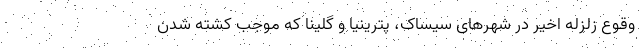
وقوع زلزله اخیر در شهرهای سیساک، پترینیا و گلینا که موجب کشته شدن